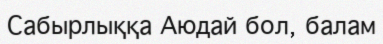
Сабырлыққа Аюдай бол, балам